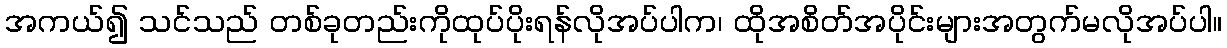
အကယ်၍ သင်သည် တစ်ခုတည်းကိုထုပ်ပိုးရန်လိုအပ်ပါက၊ ထိုအစိတ်အပိုင်းများအတွက်မလိုအပ်ပါ။